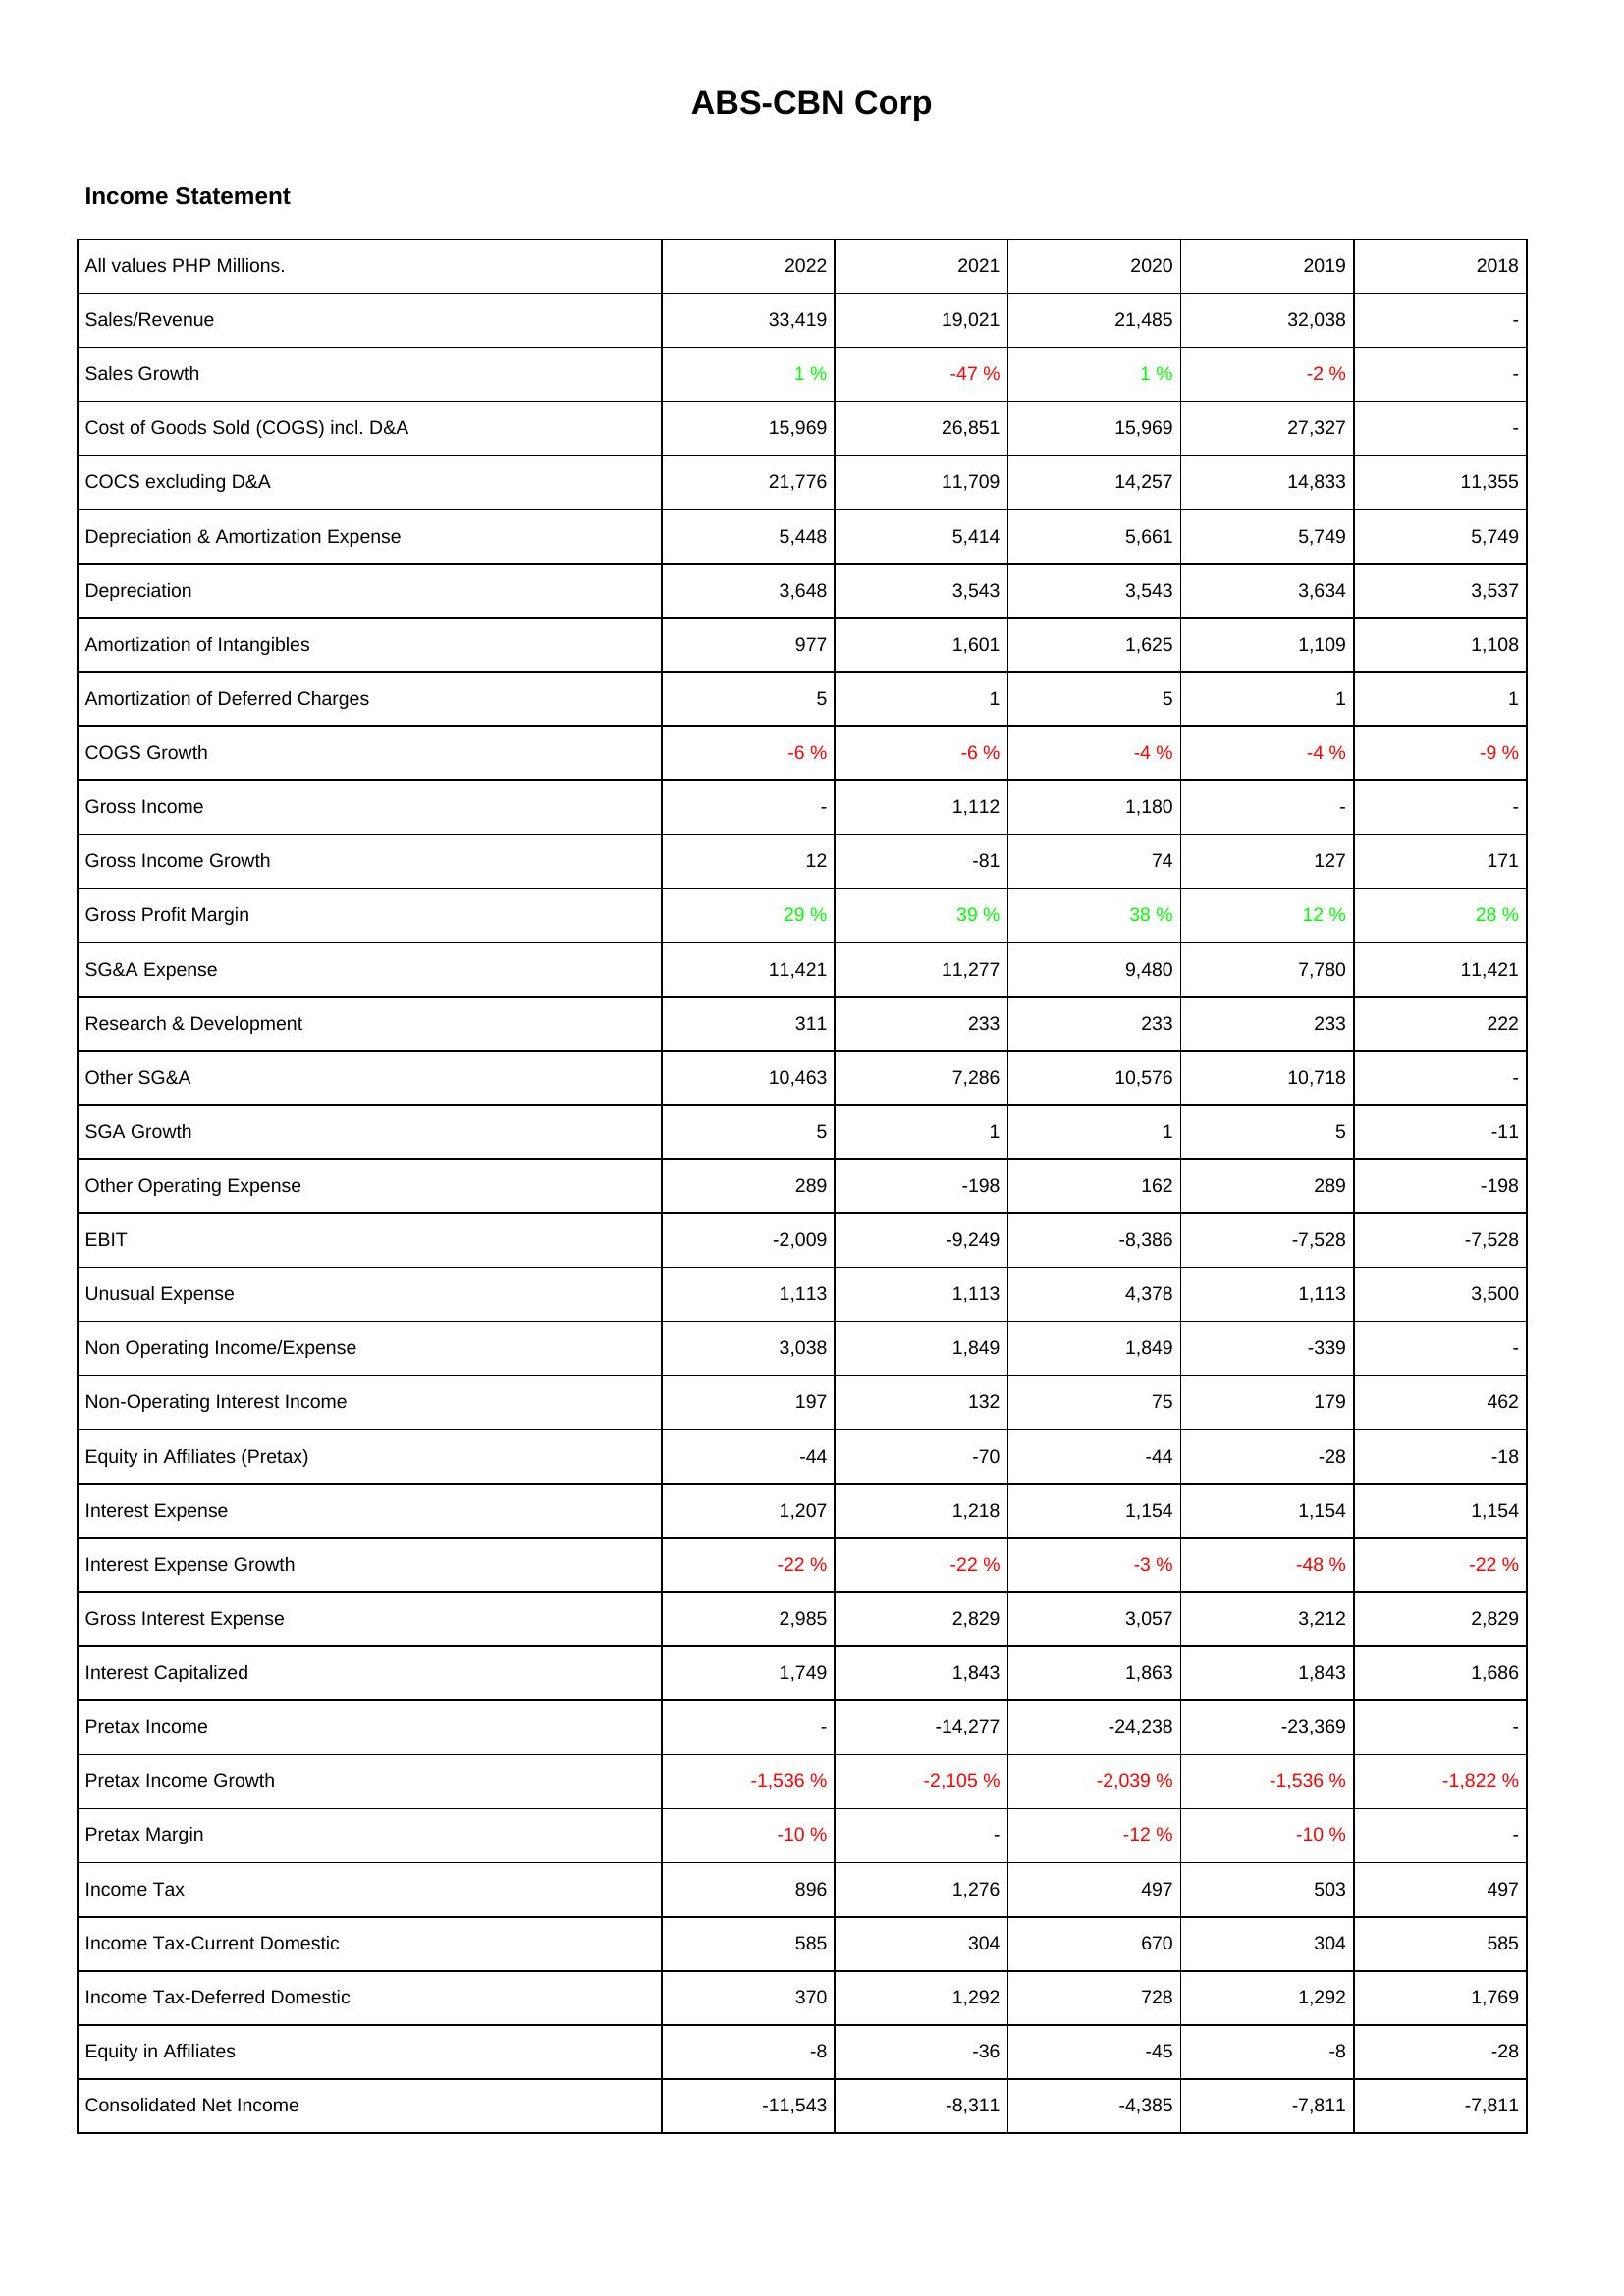
2022: Income Statement: Sales/Revenue: 33,419
Sales Growth: 1 %
Cost of Goods Sold (COGS) incl. D&A: 15,969
COCS excluding D&A: 21,776
Depreciation & Amortization Expense: 5,448
Depreciation: 3,648
Amortization of Intangibles: 977
Amortization of Deferred Charges: 5
COGS Growth: -6 %
Gross Income: -
Gross Income Growth: 12
Gross Profit Margin: 29 %
SG&A Expense: 11,421
Research & Development: 311
Other SG&A: 10,463
SGA Growth: 5
Other Operating Expense: 289
EBIT: -2,009
Unusual Expense: 1,113
Non Operating Income/Expense: 3,038
Non-Operating Interest Income: 197
Equity in Affiliates (Pretax): -44
Interest Expense: 1,207
Interest Expense Growth: -22 %
Gross Interest Expense: 2,985
Interest Capitalized: 1,749
Pretax Income: -
Pretax Income Growth: -1,536 %
Pretax Margin: -10 %
Income Tax: 896
Income Tax-Current Domestic: 585
Income Tax-Deferred Domestic: 370
Equity in Affiliates: -8
Consolidated Net Income: -11,543
2021: Income Statement: Sales/Revenue: 19,021
Sales Growth: -47 %
Cost of Goods Sold (COGS) incl. D&A: 26,851
COCS excluding D&A: 11,709
Depreciation & Amortization Expense: 5,414
Depreciation: 3,543
Amortization of Intangibles: 1,601
Amortization of Deferred Charges: 1
COGS Growth: -6 %
Gross Income: 1,112
Gross Income Growth: -81
Gross Profit Margin: 39 %
SG&A Expense: 11,277
Research & Development: 233
Other SG&A: 7,286
SGA Growth: 1
Other Operating Expense: -198
EBIT: -9,249
Unusual Expense: 1,113
Non Operating Income/Expense: 1,849
Non-Operating Interest Income: 132
Equity in Affiliates (Pretax): -70
Interest Expense: 1,218
Interest Expense Growth: -22 %
Gross Interest Expense: 2,829
Interest Capitalized: 1,843
Pretax Income: -14,277
Pretax Income Growth: -2,105 %
Pretax Margin: -
Income Tax: 1,276
Income Tax-Current Domestic: 304
Income Tax-Deferred Domestic: 1,292
Equity in Affiliates: -36
Consolidated Net Income: -8,311
2020: Income Statement: Sales/Revenue: 21,485
Sales Growth: 1 %
Cost of Goods Sold (COGS) incl. D&A: 15,969
COCS excluding D&A: 14,257
Depreciation & Amortization Expense: 5,661
Depreciation: 3,543
Amortization of Intangibles: 1,625
Amortization of Deferred Charges: 5
COGS Growth: -4 %
Gross Income: 1,180
Gross Income Growth: 74
Gross Profit Margin: 38 %
SG&A Expense: 9,480
Research & Development: 233
Other SG&A: 10,576
SGA Growth: 1
Other Operating Expense: 162
EBIT: -8,386
Unusual Expense: 4,378
Non Operating Income/Expense: 1,849
Non-Operating Interest Income: 75
Equity in Affiliates (Pretax): -44
Interest Expense: 1,154
Interest Expense Growth: -3 %
Gross Interest Expense: 3,057
Interest Capitalized: 1,863
Pretax Income: -24,238
Pretax Income Growth: -2,039 %
Pretax Margin: -12 %
Income Tax: 497
Income Tax-Current Domestic: 670
Income Tax-Deferred Domestic: 728
Equity in Affiliates: -45
Consolidated Net Income: -4,385
2019: Income Statement: Sales/Revenue: 32,038
Sales Growth: -2 %
Cost of Goods Sold (COGS) incl. D&A: 27,327
COCS excluding D&A: 14,833
Depreciation & Amortization Expense: 5,749
Depreciation: 3,634
Amortization of Intangibles: 1,109
Amortization of Deferred Charges: 1
COGS Growth: -4 %
Gross Income: -
Gross Income Growth: 127
Gross Profit Margin: 12 %
SG&A Expense: 7,780
Research & Development: 233
Other SG&A: 10,718
SGA Growth: 5
Other Operating Expense: 289
EBIT: -7,528
Unusual Expense: 1,113
Non Operating Income/Expense: -339
Non-Operating Interest Income: 179
Equity in Affiliates (Pretax): -28
Interest Expense: 1,154
Interest Expense Growth: -48 %
Gross Interest Expense: 3,212
Interest Capitalized: 1,843
Pretax Income: -23,369
Pretax Income Growth: -1,536 %
Pretax Margin: -10 %
Income Tax: 503
Income Tax-Current Domestic: 304
Income Tax-Deferred Domestic: 1,292
Equity in Affiliates: -8
Consolidated Net Income: -7,811
2018: Income Statement: Sales/Revenue: -
Sales Growth: -
Cost of Goods Sold (COGS) incl. D&A: -
COCS excluding D&A: 11,355
Depreciation & Amortization Expense: 5,749
Depreciation: 3,537
Amortization of Intangibles: 1,108
Amortization of Deferred Charges: 1
COGS Growth: -9 %
Gross Income: -
Gross Income Growth: 171
Gross Profit Margin: 28 %
SG&A Expense: 11,421
Research & Development: 222
Other SG&A: -
SGA Growth: -11
Other Operating Expense: -198
EBIT: -7,528
Unusual Expense: 3,500
Non Operating Income/Expense: -
Non-Operating Interest Income: 462
Equity in Affiliates (Pretax): -18
Interest Expense: 1,154
Interest Expense Growth: -22 %
Gross Interest Expense: 2,829
Interest Capitalized: 1,686
Pretax Income: -
Pretax Income Growth: -1,822 %
Pretax Margin: -
Income Tax: 497
Income Tax-Current Domestic: 585
Income Tax-Deferred Domestic: 1,769
Equity in Affiliates: -28
Consolidated Net Income: -7,811